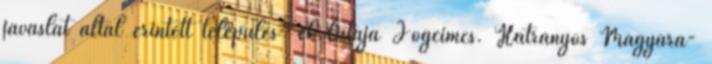
javaslat által érintett település- ek listája Jogcímcs. Hátrányos Magyará-